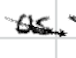
Text: as
Cross-out: diagonal
Writing tool: digital_black